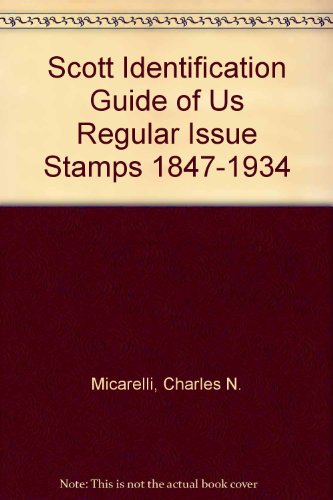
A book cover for Scott Identification Guide Of US Regular Issue Stamps 1847-1934; Charles N Micarelli; Crafts, Hobbies & Home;